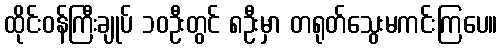
ထိုင်းဝန်ကြီးချုပ် ၁၀ဦးတွင် ၈ဦးမှာ တရုတ်သွေးမကင်းကြပေ။